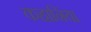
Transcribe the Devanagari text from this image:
कहानिंया